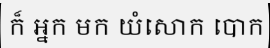
ក៏ អ្នក មក យំសោក បោក